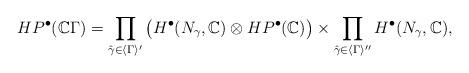
LaTeX: \begin{align*}HP^\bullet(\mathbb{C}\Gamma)= \prod_{\hat{\gamma}\in \langle \Gamma \rangle'}\big( H^\bullet (N_\gamma, \mathbb{C}) \otimes HP^\bullet (\mathbb{C})\big) \times \prod_{\hat{\gamma} \in \langle \Gamma \rangle''} H^\bullet(N_\gamma, \mathbb{C}),\end{align*}